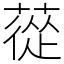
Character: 蓯